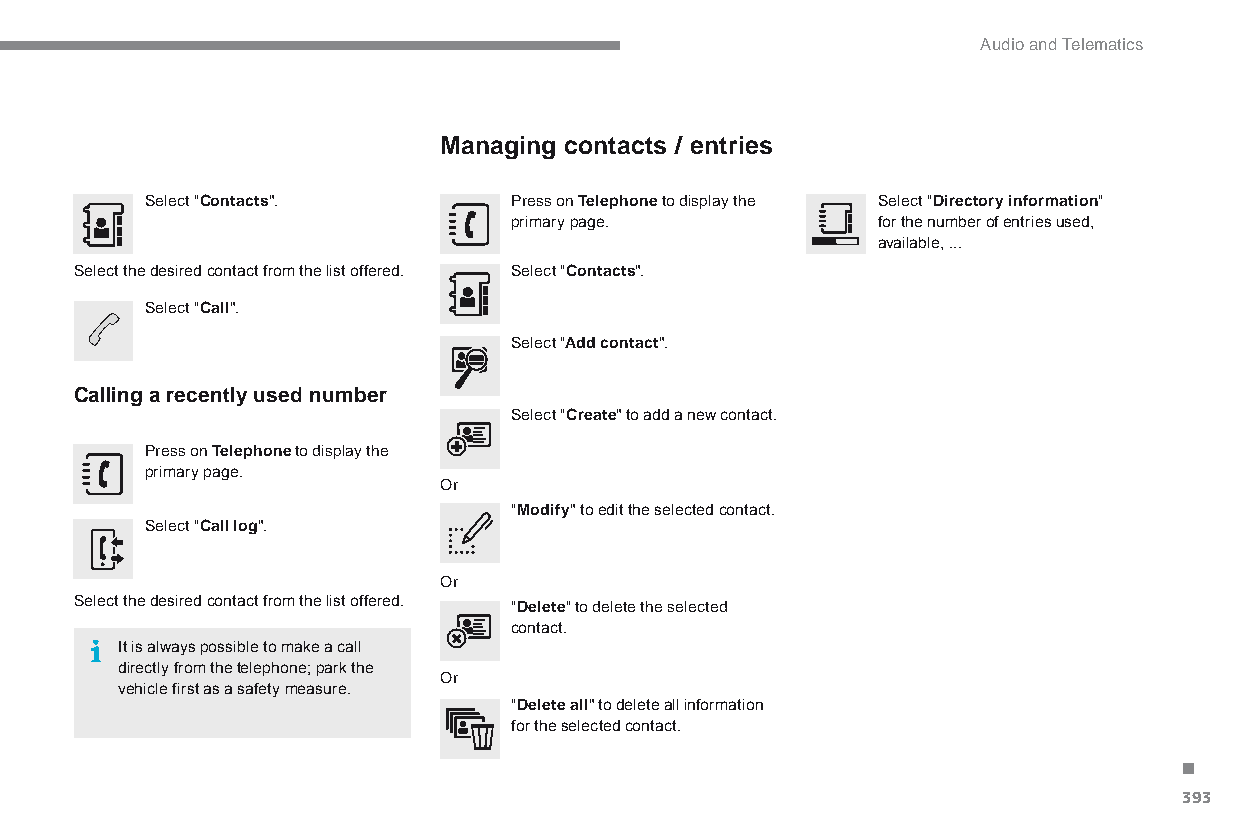
Audio and Telematics
 Managing contacts / entries
 Select "Contacts".      Press on Telephone to display the Select "Directory information"
 primary page.           for the number of entries used,
 available, ...
 Select the desired contact from the list offered. Select "Contacts".
 Select "Call".
 Select "Add contact".
 Calling a recently used number
 Select "Create" to add a new contact.
 Press on Telephone to display the
 primary page.
 or
 "Modify" to edit the selected contact.
 Select "Call log".
 or
 Select the desired contact from the list offered.
 "Delete" to delete the selected
 contact.
 It is always possible to make a call
 directly from the telephone; park the
 or
 vehicle first as a safety measure.
 "Delete all" to delete all information
 for the selected contact.                   .
 393
 C4-Picasso-II_en_Chap10b_SMEGplus_ed01-2015